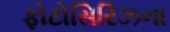
ફોટોસિરિઝના